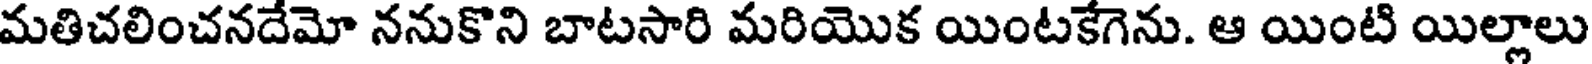
మతిచలించనదేమో ననుకొని బాటసారి మరియొక యింటకేగెను. ఆ యింటి యిల్లాలు